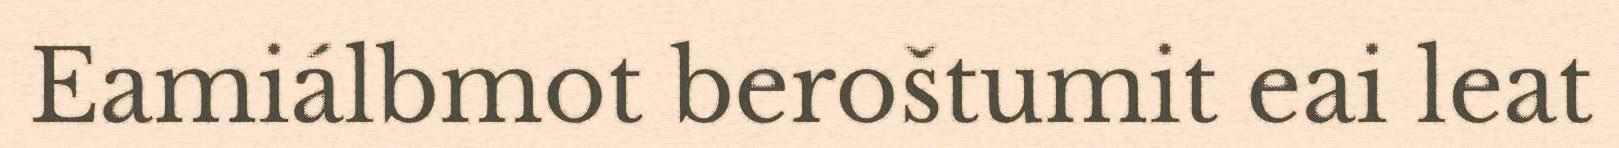
Eamiálbmot beroštumit eai leat